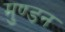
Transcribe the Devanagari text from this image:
मुण्डन